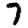
Digit: 7